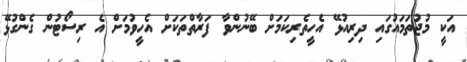
އަކީ މުޖުތަމައުގައި ދިރިއުޅޭ އެހީތެރިކަމަށް ބޭނުންވާ ފަރާތްތަކަށް އެހީވުމަށް އެ ރިސޯޓުން ގެންގުޅޭ